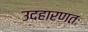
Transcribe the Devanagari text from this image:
उदहारणतः